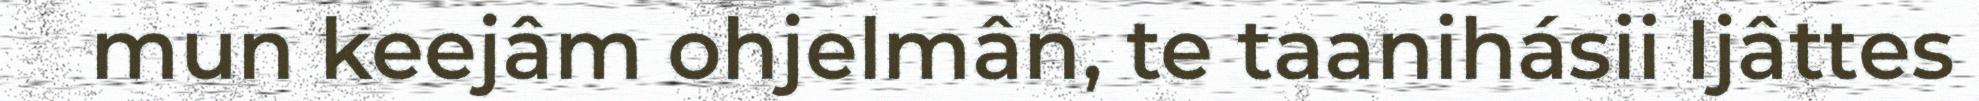
mun keejâm ohjelmân, te taanihásii Ijâttes